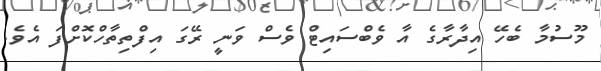
މޫސުމާ ބެހޭ އިދާރާގެ އާ ވެބްސައިޓް ވެސް ވަނީ ރޭގަ އިފްތިތާހްކޮށްފަ އެވެ.